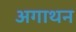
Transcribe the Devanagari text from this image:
अगाथन